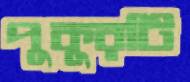
পুকুরটি